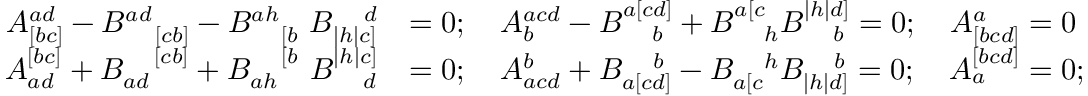
\begin{array} { r l } { A _ { [ b c ] } ^ { a d } - B _ { \quad [ c b ] } ^ { a d } - B _ { \quad [ b } ^ { a h } \ B _ { | h | c ] } ^ { \quad d } } & { = 0 ; \quad A _ { b } ^ { a c d } - B _ { \quad b } ^ { a [ c d ] } + B _ { \quad h } ^ { a [ c } B _ { \quad b } ^ { | h | d ] } = 0 ; \quad A _ { [ b c d ] } ^ { a } = 0 } \\ { A _ { a d } ^ { [ b c ] } + B _ { a d } ^ { \quad [ c b ] } + B _ { a h } ^ { \quad [ b } \ B _ { \quad d } ^ { | h | c ] } } & { = 0 ; \quad A _ { a c d } ^ { b } + B _ { a [ c d ] } ^ { \quad b } - B _ { a [ c } ^ { \quad h } B _ { | h | d ] } ^ { \quad b } = 0 ; \quad A _ { a } ^ { [ b c d ] } = 0 ; } \end{array}